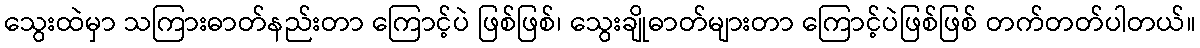
သွေးထဲမှာ သကြားဓာတ်နည်းတာ ကြောင့်ပဲ ဖြစ်ဖြစ်၊ သွေးချိုဓာတ်များတာ ကြောင့်ပဲဖြစ်ဖြစ် တက်တတ်ပါတယ်။